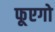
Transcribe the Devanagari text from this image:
फूएगो